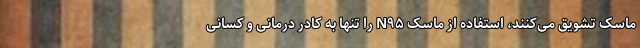
ماسک تشویق می‌کنند، استفاده از ماسک N۹۵ را تنها به کادر درمانی و کسانی